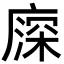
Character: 𢊖